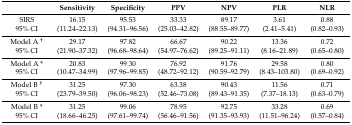
<table><thead><tr><td></td><td><b>Sensitivity</b></td><td><b>Specificity</b></td><td><b>PPV</b></td><td><b>NPV</b></td><td><b>PLR</b></td><td><b>NLR</b></td></tr></thead><tbody><tr><td>SIRS</td><td>16.15</td><td>95.53</td><td>33.33</td><td>89.17</td><td>3.61</td><td>0.88</td></tr><tr><td>95% CI</td><td>(11.24–22.13)</td><td>(94.31–96.56)</td><td>(25.03–42.82)</td><td>(88.55–89.77)</td><td>(2.41–5.41)</td><td>(0.82–0.93)</td></tr><tr><td>Model A <sup>†</sup></td><td>29.17</td><td>97.82</td><td>66.67</td><td>90.22</td><td>13.36</td><td>0.72</td></tr><tr><td>95% CI</td><td>(21.90–37.32)</td><td>(96.68–98.64)</td><td>(54.97–76.62)</td><td>(89.25–91.11)</td><td>(8.16–21.89)</td><td>(0.65–0.80)</td></tr><tr><td>Model A *</td><td>20.83</td><td>99.30</td><td>76.92</td><td>91.76</td><td>29.58</td><td>0.80</td></tr><tr><td>95% CI</td><td>(10.47–34.99)</td><td>(97.96–99.85)</td><td>(48.72–92.12)</td><td>(90.59–92.79)</td><td>(8.43–103.80)</td><td>(0.69–0.92)</td></tr><tr><td>Model B <sup>†</sup></td><td>31.25</td><td>97.30</td><td>63.38</td><td>90.43</td><td>11.56</td><td>0.71</td></tr><tr><td>95% CI</td><td>(23.79–39.50)</td><td>(96.06–98.23)</td><td>(52.46–73.08)</td><td>(89.43–91.35)</td><td>(7.37–18.13)</td><td>(0.63–0.79)</td></tr><tr><td>Model B *</td><td>31.25</td><td>99.06</td><td>78.95</td><td>92.75</td><td>33.28</td><td>0.69</td></tr><tr><td>95% CI</td><td>(18.66–46.25)</td><td>(97.61–99.74)</td><td>(56.46–91.56)</td><td>(91.35–93.93)</td><td>(11.51–96.24)</td><td>(0.57–0.84)</td></tr></tbody></table>